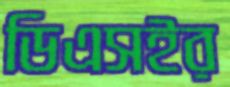
ডিএসইর